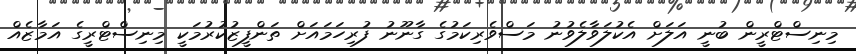
މިނިސްޓްރީން ބުނީ އަލަށް އެކުލަވާލެވުނު މަސްވެރިކަމުގެ ގާނޫނު ފުރިހަމައަށް ތަންފީޒުކުރުމަކީ މިނިސްޓްރީގެ އަމާޒެއް